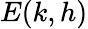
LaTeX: E(k,h)